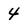
Character: 4